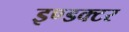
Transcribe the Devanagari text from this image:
इण्डक्टर